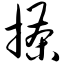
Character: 搽